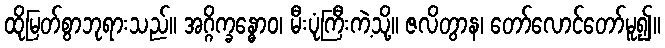
ထိုမြတ်စွာဘုရားသည်။ အဂ္ဂိက္ခန္ဓောဝ၊ မီးပုံကြီးကဲ့သို့။ ဇလိတွာန၊ တော်လောင်တော်မူ၍။